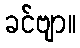
ခင်ဗျာ။